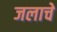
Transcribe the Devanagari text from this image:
जलाचे